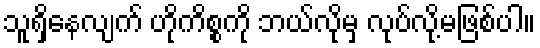
သူရှိနေလျက် ဟိုကိစ္စကို ဘယ်လိုမှ လုပ်လို့မဖြစ်ပါ။